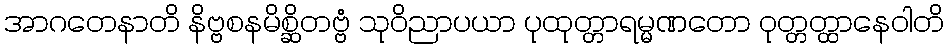
အာဂတေနာတိ နိဗ္ဗစနမိစ္ဆိတဗ္ဗံ သုဝိညာပယာ ပုထုတ္တာရမ္မဏတော ဝုတ္တတ္ထာနေဝါတိ